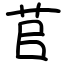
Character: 苢